Bréfritari: Ásgeir Tryggvi Friðgeirsson
Viðtakandi: Einar Friðgeirsson
Dagsetning: A-1884-xx-xx
Skrifað á: Garði  S-Þing.
Ásgeir er bróðir Einars

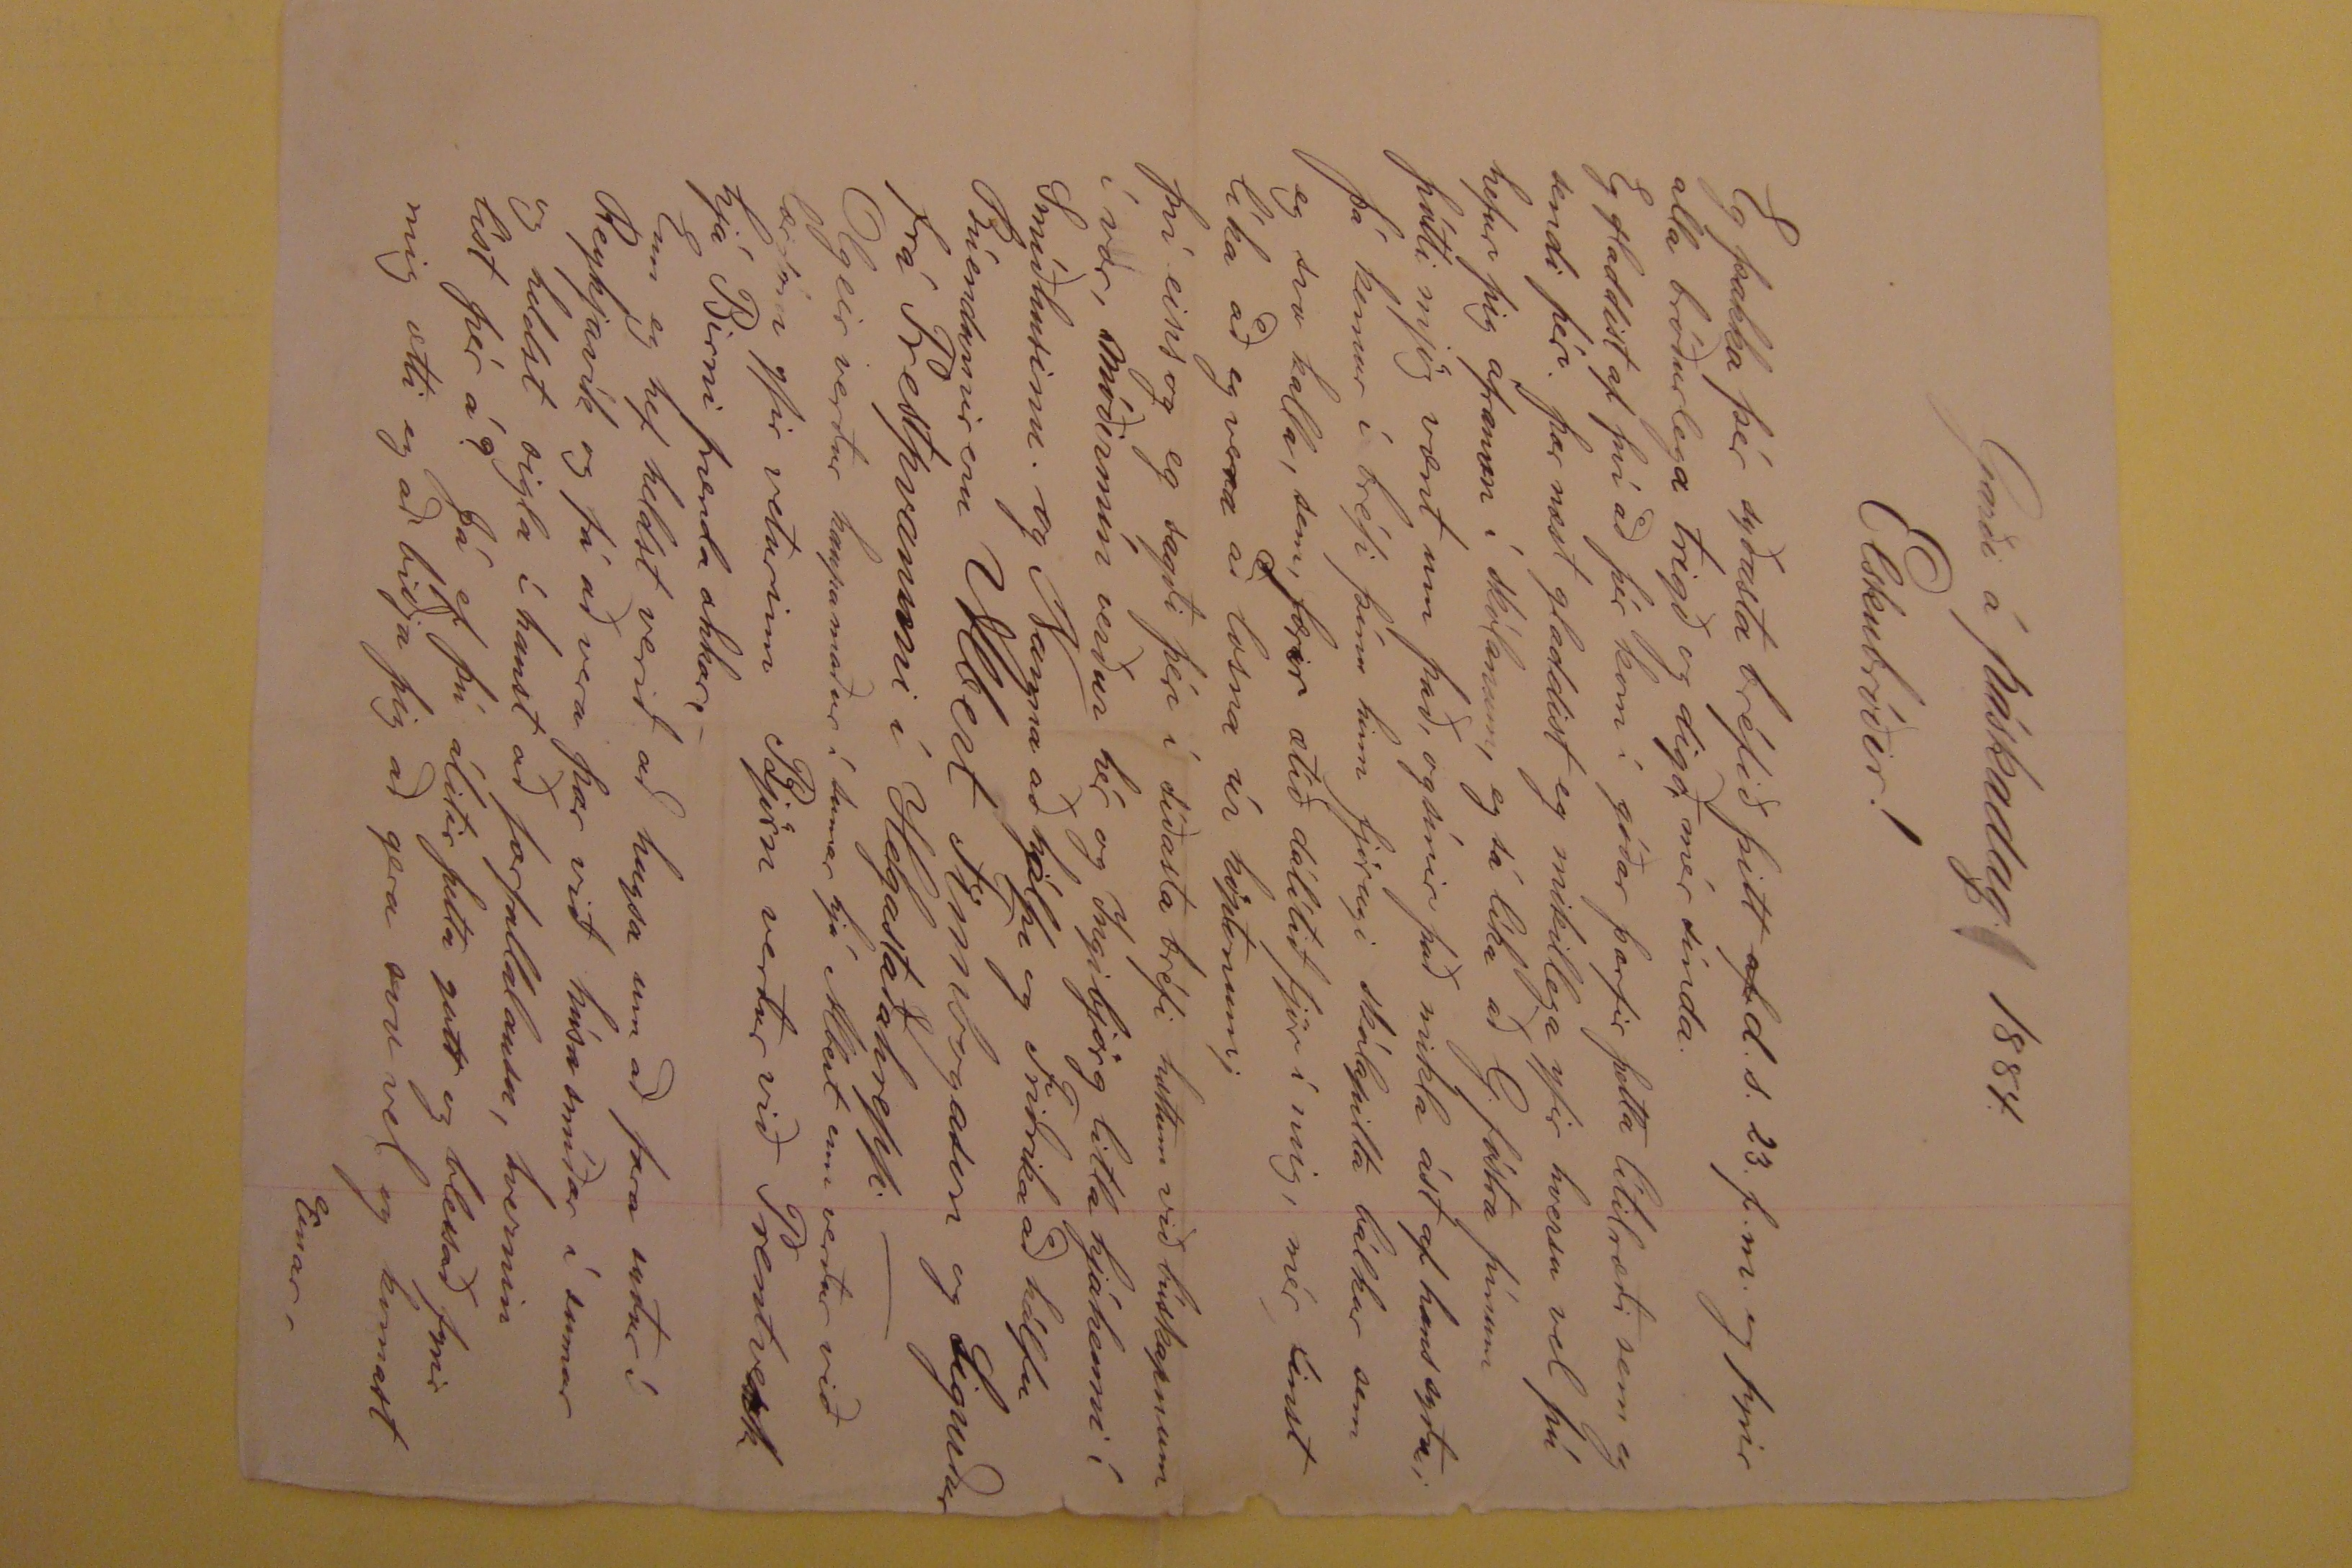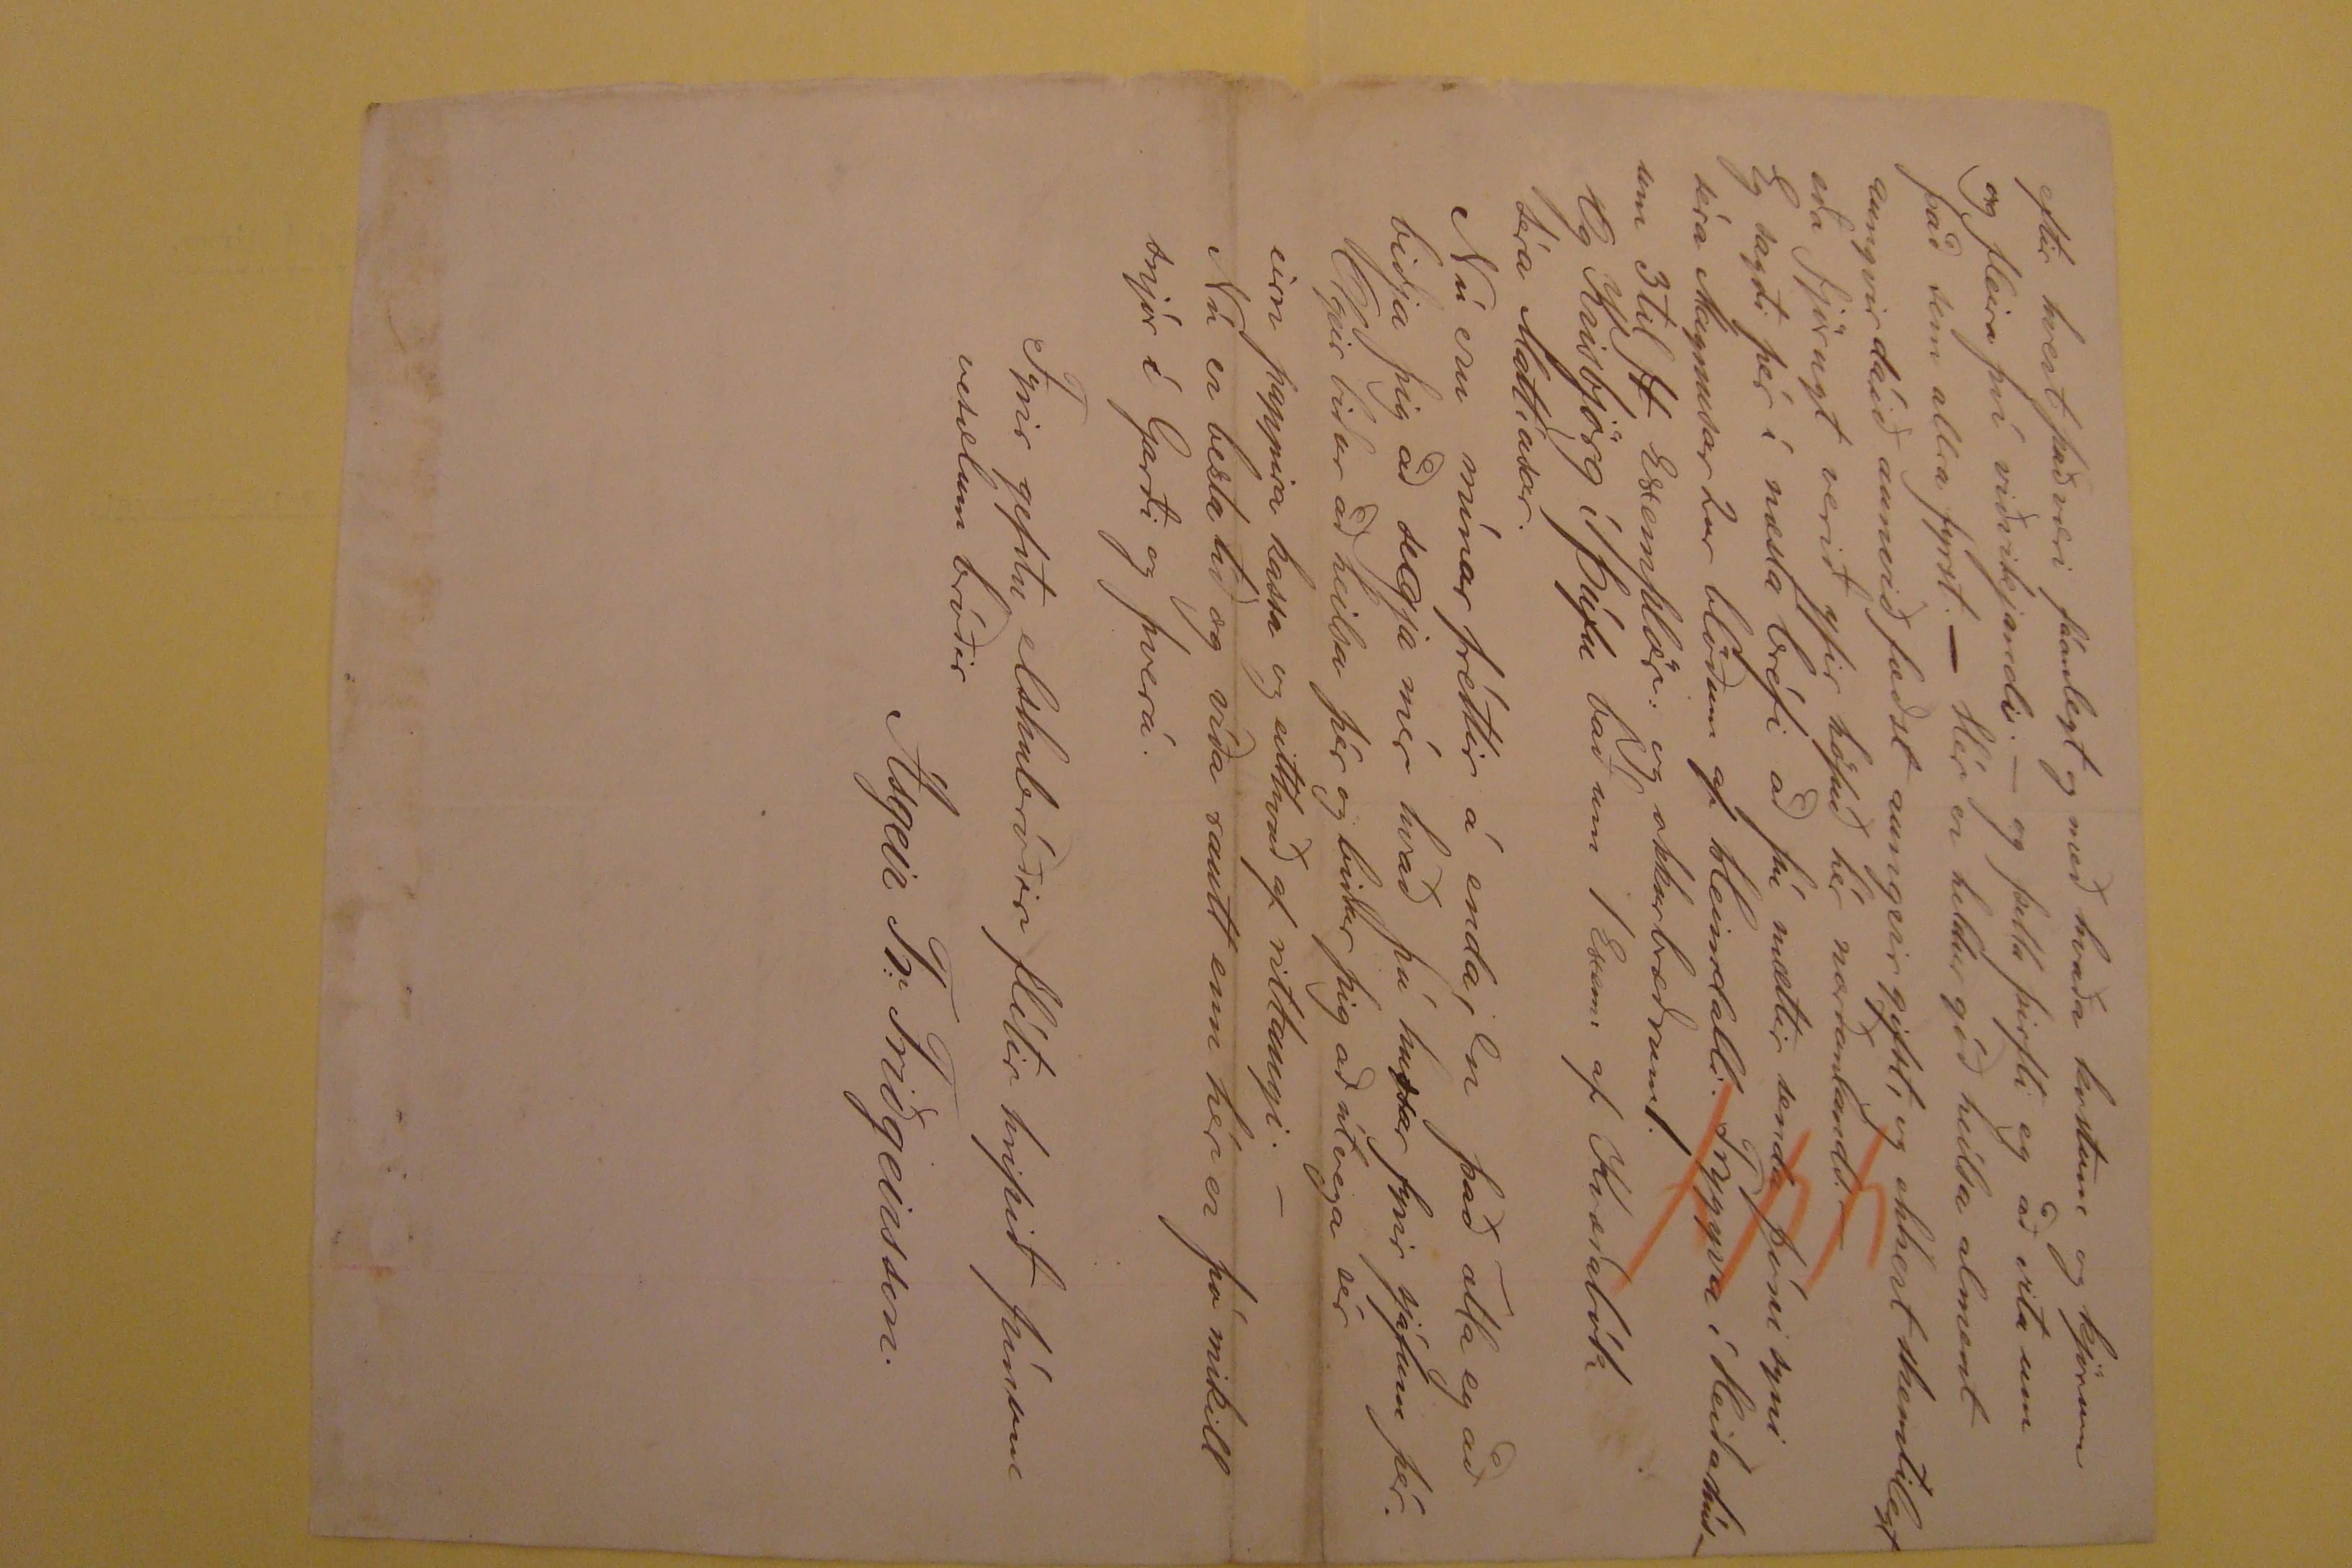

Garði á páskadag 1884
Elskubróðir!
Eg þakka þér syðasta bréfið þitt
af
d.s. 23. f.m. og fyrir alla bróðurlega trigð og digð, mér sínda. Eg gladdist af því
að þér kom í góðar þarfir þetta lítilræði sem eg sendi þér. Þar næst gladdist eg mikillega yfir hversu vel þú hefur þig áframm í skólanum, eg sá líka að G. fóstra þínum
þótti mjög vænt um það, og sínir það mikla ást af hans syða; Þá kemur í bréfi þínu hinn fjörugi skólapilta bálkur sem eg svo kalla, sem, færir ætíð dálítið fjör í mig,
mér finst líka að eg
vera
að losna úr höptonum; Því eins og eg sagði þér í síðasta bréfi hættum við búskapnum í vor, móðirmín verður hér og
Ingibjörg litla hjáhenni í SMíðhusinu. og Nanna að hjálpe og Friðrika að hálfu Búendurnir eru Albert Finnbogason og Sigurður frá Prestpvammi í Helgastaðahreppi--
Olgeir verður kaupamaður í sumar hjá Albert enn verður við lærdóm yfir veturinn BJörn verður við Prentverk hjá Birni frænda okkar,- Enn eg hef heldst verið að hugsa
um að fara suður í Reykjavík og fá að vera þar við húsa smíðar í sumar og heldst sigla í haust að forfallalausu, hvernin líst þér á? Já ef þú álitir þetta gott og blessað
fyrir mig ætti eg að biðja þig að gera svo vel og komast
Einar ,
eftir hvert það væri fáanlegt og með hvaða kostum og kjörum og fleira því viðvikjandi.- og þetta þirfti eg að vita um það sem allra fyrst.- Hér er heldur góð
heílsa alment aungvir dáið aunvið fæðst aungvir gifst, og ekkert skemtilegt eða fjörugt verið yfir höfuð hér norðanlands.- Eg sagði þér í næsta bréfi að þú mættir
senda Jóni syni séra Magnusar 2ur blöðum af Heimdalli. Tryggva í Heiðahúsum 3til 4 Exemplör: og okkurbræðrum1. Og Kristbjörg í Þúfu bað um 1 Exem: af KVæðabók
Séra Mattíasar. Nú eru mínar fréttir á enda, en það ætla eg að biðja þig að segja mér hvað þú huxar fyrir sjálfum þér. Olgeir biður að heilsa þér og biður þig að útvega
sér eirn pappira kassa og eitthvað af rittangi. - Nú er besta tíð og víða rautt enn hér er þá mikill snjór í Garði og Þverá.
Fyrir gefðu elskubróðir flítir hripið þínum vesælum bróðir
Ásgeir Tr: Friðgeirsson.